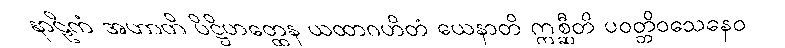
နာဠိကံ အဟာတိ ပိဋ္ဌိဟတ္ထေန ယထာဂဟိတံ ယေနာတိ ဣစ္ဆီတိ ပဝတ္တိဝသေနေဝ